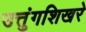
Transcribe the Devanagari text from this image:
उत्तुंगशिखरे